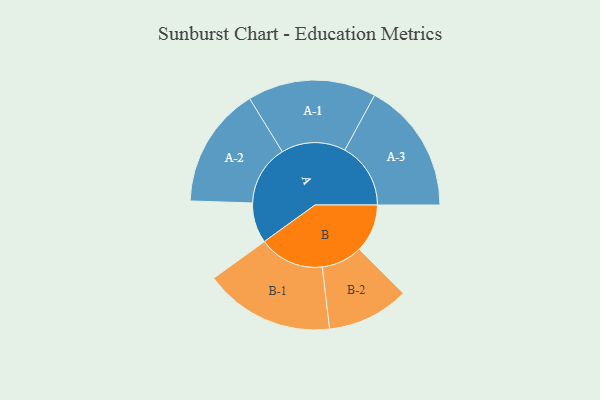
{"axis": {"x": "Segment", "y": "Value"}, "legend": ["", "A", "B"], "data": [{"x": "A", "y": 182, "type": ""}, {"x": "B", "y": 217, "type": ""}, {"x": "A-1", "y": 290, "type": "A"}, {"x": "A-2", "y": 273, "type": "A"}, {"x": "A-3", "y": 297, "type": "A"}, {"x": "B-1", "y": 294, "type": "B"}, {"x": "B-2", "y": 185, "type": "B"}]}